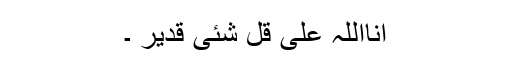
انااللہ علی قل شئی قدیر ۔